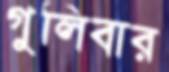
গুলিবার